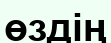
өздің